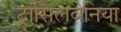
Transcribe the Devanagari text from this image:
ट्रांसिलवेनिया